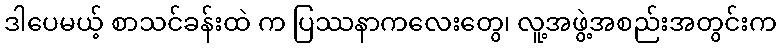
ဒါပေမယ့် စာသင်ခန်းထဲ က ပြဿနာကလေးတွေ၊ လူ့အဖွဲ့အစည်းအတွင်းက